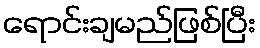
ရောင်းချမည်ဖြစ်ပြီး